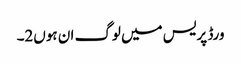
ورڈ پریس میں لوگ ان ہوں2۔